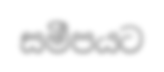
සමීපයට